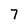
Character: 7